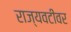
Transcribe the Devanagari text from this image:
राज्यवटीवर